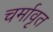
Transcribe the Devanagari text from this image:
चर्मावृत